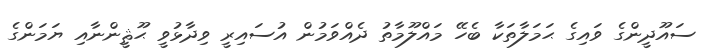
ސައޫދީންގެ ވައިގެ ޙަަމަލާތަކާ ބެހޭ މައްލޫމާތު ދެއްވަމުން އުސައިރީ ވިދާޅުވީ ޙޫޘީންނާއި ޔަމަންގެ